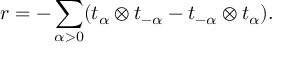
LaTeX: r = - \sum _ { \alpha > 0 } ( t _ { \alpha } \otimes t _ { - \alpha } - t _ { - \alpha } \otimes t _ { \alpha } ) .